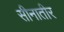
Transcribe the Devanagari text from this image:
सीनातीर